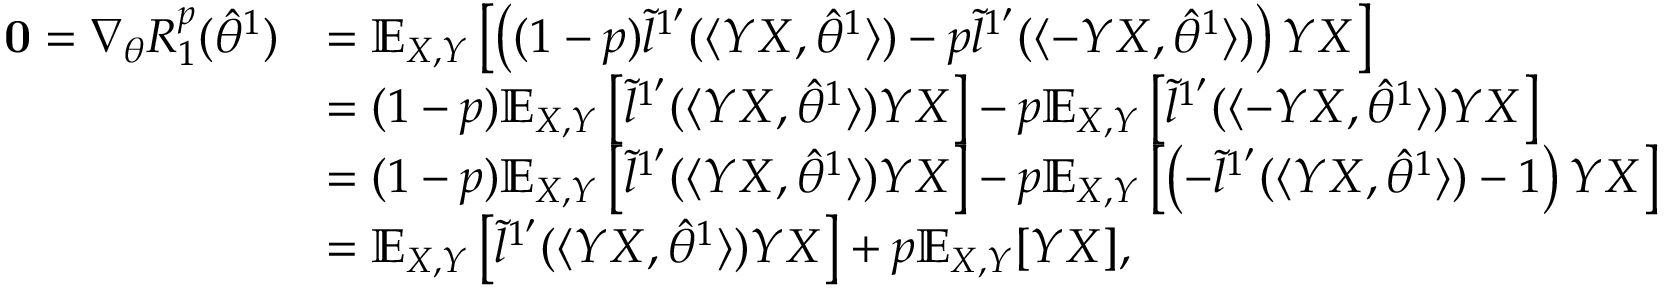
\begin{array} { r l } { \mathbf { 0 } = \nabla _ { \theta } R _ { 1 } ^ { p } ( \hat { \theta } ^ { 1 } ) } & { = \mathbb { E } _ { X , Y } \left[ \left( ( 1 - p ) \tilde { l } ^ { 1 ^ { \prime } } ( \langle Y X , \hat { \theta } ^ { 1 } \rangle ) - p \tilde { l } ^ { 1 ^ { \prime } } ( \langle - Y X , \hat { \theta } ^ { 1 } \rangle ) \right) Y X \right] } \\ & { = ( 1 - p ) \mathbb { E } _ { X , Y } \left[ \tilde { l } ^ { 1 ^ { \prime } } ( \langle Y X , \hat { \theta } ^ { 1 } \rangle ) Y X \right] - p \mathbb { E } _ { X , Y } \left[ \tilde { l } ^ { 1 ^ { \prime } } ( \langle - Y X , \hat { \theta } ^ { 1 } \rangle ) Y X \right] } \\ & { = ( 1 - p ) \mathbb { E } _ { X , Y } \left[ \tilde { l } ^ { 1 ^ { \prime } } ( \langle Y X , \hat { \theta } ^ { 1 } \rangle ) Y X \right] - p \mathbb { E } _ { X , Y } \left[ \left( - \tilde { l } ^ { 1 ^ { \prime } } ( \langle Y X , \hat { \theta } ^ { 1 } \rangle ) - 1 \right) Y X \right] } \\ & { = \mathbb { E } _ { X , Y } \left[ \tilde { l } ^ { 1 ^ { \prime } } ( \langle Y X , \hat { \theta } ^ { 1 } \rangle ) Y X \right] + p \mathbb { E } _ { X , Y } [ Y X ] , } \end{array}